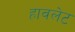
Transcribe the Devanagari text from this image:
हावलेट